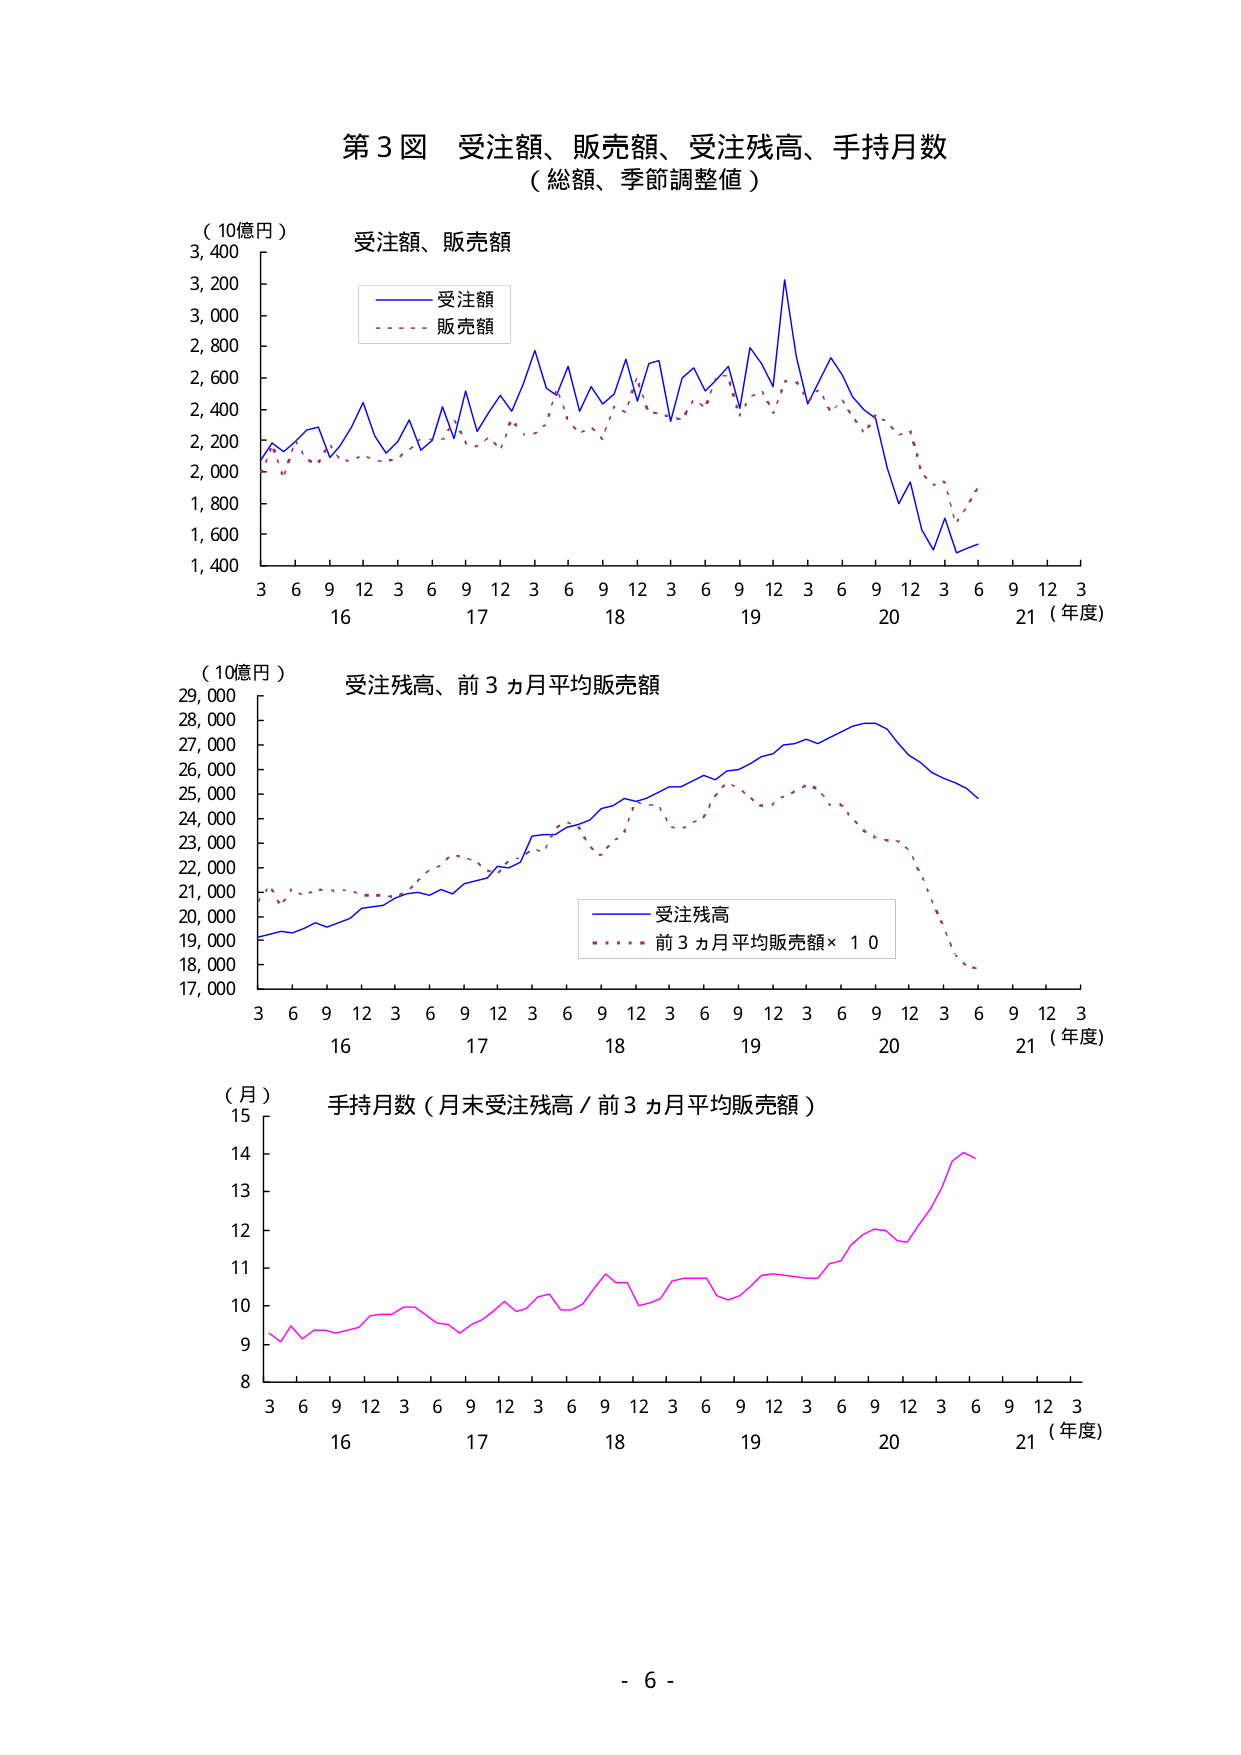
第３図 受注額、販売額、受注残高、手持月数
（総額、季節調整値）

（10億円）
受注額、販売額
　　―――― 受注額
　　・・・・ 販売額

（10億円）
受注残高、前３ヵ月平均販売額
　　―――― 受注残高
　　・・・・ 前３ヵ月平均販売額×10

（月）
手持月数（月末受注残高／前３ヵ月平均販売額）

3 6 9 12 3 6 9 12 3 6 9 12 3 6 9 12 3 6 9 12 3
16 17 18 19 20 21（年度）

- 6 -